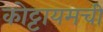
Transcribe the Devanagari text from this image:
कोट्टायमची